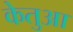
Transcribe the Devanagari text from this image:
केतुआ